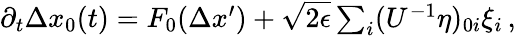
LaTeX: \begin{array}{r}{\partial_{t}\Delta x_{0}(t)=F_{0}(\Delta x^{\prime})+\sqrt{2\epsilon}\sum_{i}(U^{-1}\eta)_{0i}\xi_{i}\, ,}\end{array}